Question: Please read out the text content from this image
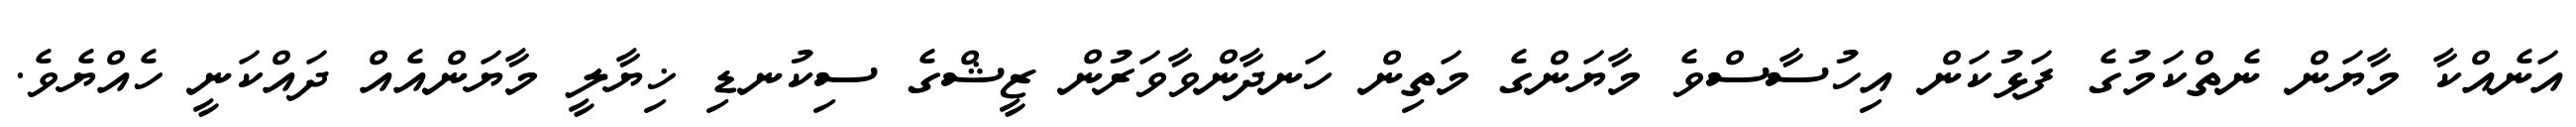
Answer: އަނެއްކާ މާޔަން ނެތްކަމުގެ ފަޅުކަން އިހުސާސްވެ މާޔަންގެ މަތިން ހަނދާންވާވަރުން ޒީޝްގެ ސިކުނޑި ޚިޔާލީ މާޔަންއެއް ދައްކަނީ ހެއްޔެވެ.